Burma Government Medical School reports 1907-22
Year: 1907
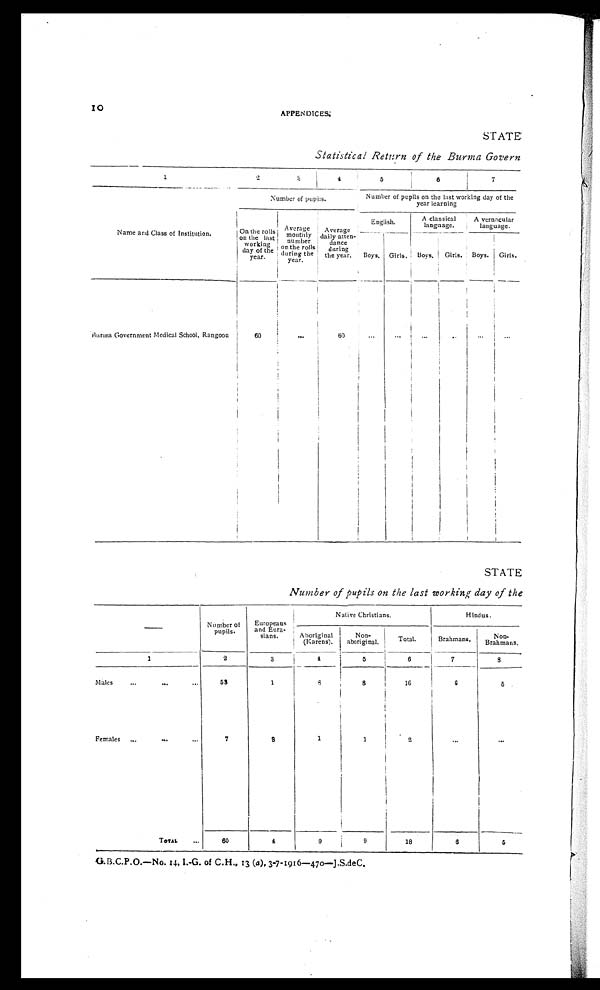
APPENDICES. STATE
Statistical Return of the Burma Govern
1
2
3
4
5
6
7
Name and Class of Institution.
Number of pupils.
Number of pupils on the last working day of the
year learning
On the rolls
on the last
working
day of the
year.
Average monthly
number
on the roll s
during the
year.
Average
daily atten-
dance
during
the year.
English.
A classical
language.
A vernacular
language.
Boys. Girls. Boys.
Girls. Boys.
Girls.
Burma Government Medical School, Rangoon
60
. . .
60
...
...
...
...
...
...
S T A T E
Number of pupils on the last working day of the
—
Number of
pupils.
Europeans
and Eura-
sians.
Native Christians.
Hindus.
Aboriginal
(Karens).
Non-
aboriginal.
Total.
Brahman.
Non-Brahmans.
1
2
3
4
5
6
7
8
Males
... ... ...
53
1
8
8
16
6
5
Females
...
... ...
7
3
1
1
2
... ...
TOTAL
...
60
4
9
9
18
6
5
G.B.C.P.O.—No. 14, I.-G. of C.H., 13 (a), 3-7-1916—470—J.S.deC.